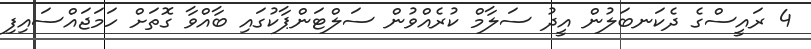
4 ރައީސްގެ ދެކަނބަލުން އީދު ސަލާމް ކުރެއްވުން ސަލްޓަންޕާކުގައި ބާއްވާ ގޮތަށް ހަމަޖައްސައިފި